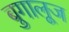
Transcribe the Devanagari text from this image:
बुगालूज